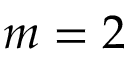
m = 2